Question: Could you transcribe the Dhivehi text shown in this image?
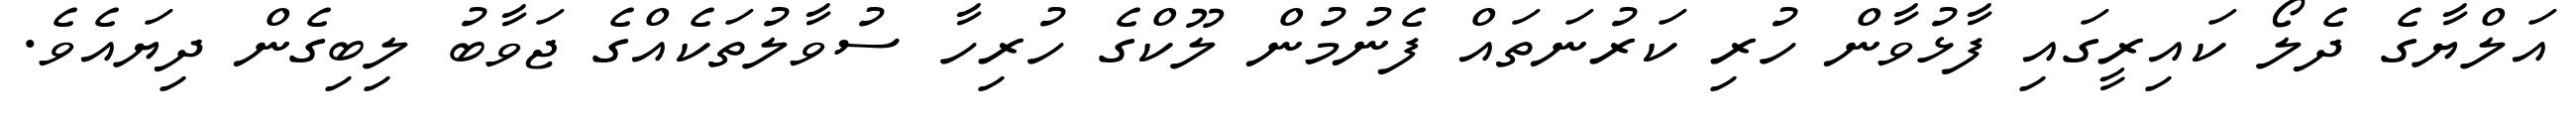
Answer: އަލްޔާގެ ދެލޯ ކައިރީގައި ފާޅުވާން ހުރި ކަރުނަތައް ފެނުމުން ލޫކްގެ ހުރިހާ ސުވާލުތަކެއްގެ ޖަވާބު ލިބިގެން ދިޔައެވެ.